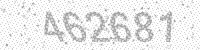
Solution: 462681